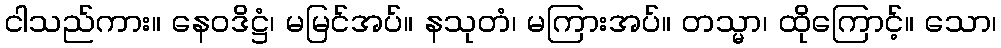
ငါသည်ကား။ နေဝဒိဋ္ဌံ၊ မမြင်အပ်။ နသုတံ၊ မကြားအပ်။ တသ္မာ၊ ထိုကြောင့်။ သော၊